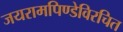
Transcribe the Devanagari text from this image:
जयरामपिण्डेविरचित